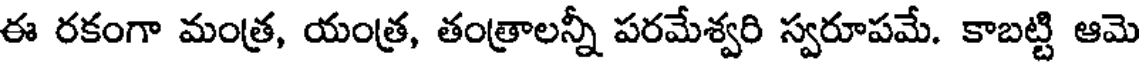
ఈ రకంగా మంత్ర, యంత్ర, తంత్రాలన్నీ పరమేశ్వరి స్వరూపమే. కాబట్టి ఆమె